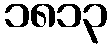
၁၈၁၃